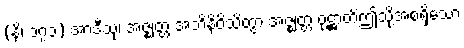
(နိ၊ ၁၇၁) အာဒီသု၊ အဇ္ဈတ္တံ အဘိနိဝိသိတွာ အဇ္ဈတ္တံ ဝုဋ္ဌာတိဤသို့အစရှိသော